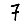
Digit: 7